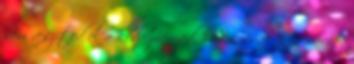
sem veszíted el a kedvezményed, hanem csak egy sávot